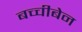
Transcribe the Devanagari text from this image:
बच्चीबेन